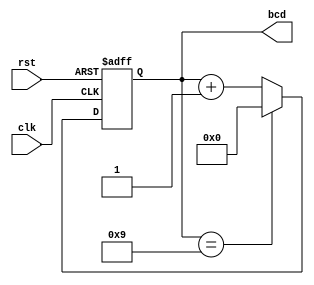
module bcd_counter (
    input wire clk,        // Clock signal
    input wire rst,        // Asynchronous reset signal
    output reg [3:0] bcd   // 4-bit BCD output
);

    // Always block triggered on the rising edge of the clock or when reset is asserted
    always @(posedge clk or posedge rst) begin
        if (rst) begin
            // Asynchronous reset: set BCD to 0
            bcd <= 4'b0000;
        end else begin
            // Increment logic
            if (bcd == 4'b1001) begin
                // If current state is 9, reset to 0
                bcd <= 4'b0000;
            end else begin
                // Otherwise, increment the counter
                bcd <= bcd + 1;
            end
        end
    end

endmodule